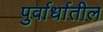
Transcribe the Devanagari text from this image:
पुर्वार्धातील